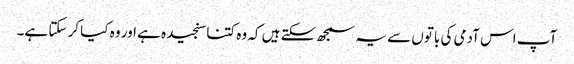
آپ اس آدمی کی باتوں سے یہ سمجھ سکتے ہیں کہ وہ کتنا سنجیدہ ہے اور وہ کیا کر سکتا ہے۔